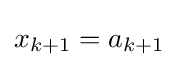
x_{k+1}=a_{k+1}